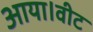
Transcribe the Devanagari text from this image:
आया।वीट